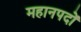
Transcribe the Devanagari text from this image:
महानपदों